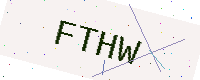
Text: FTHW